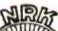
NRK